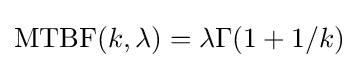
{\text{MTBF}}(k,\lambda )=\lambda \Gamma (1+1/k)